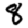
Digit: 8